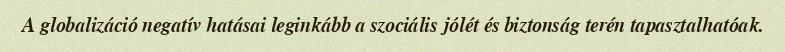
A globalizáció negatív hatásai leginkább a szociális jólét és biztonság terén tapasztalhatóak.